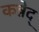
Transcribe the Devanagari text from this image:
कन्नेद्